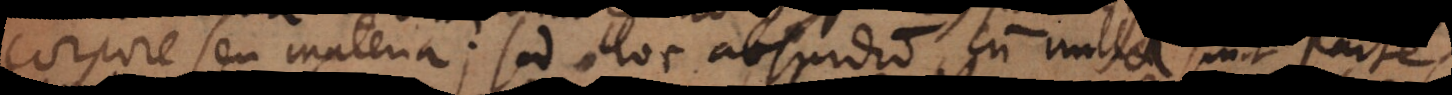
corpore seu materia; sed hoc absurdum cum nullae sint partes